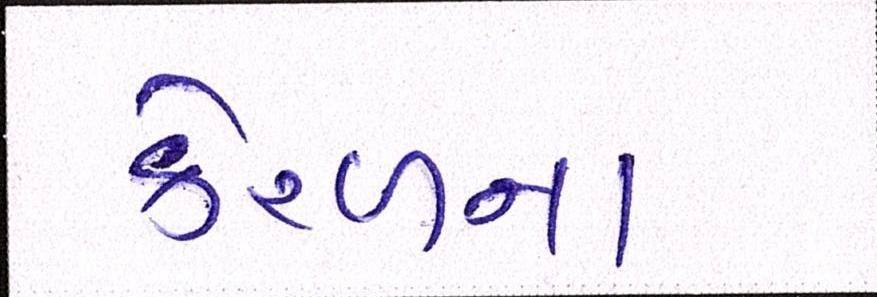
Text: કેરળના